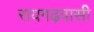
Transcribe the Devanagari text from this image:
रायगढ़वासी